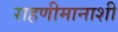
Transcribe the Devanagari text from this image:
राहणीमानाशी